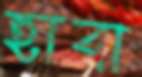
হাবা